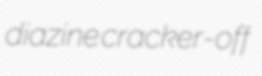
diazine cracker-off